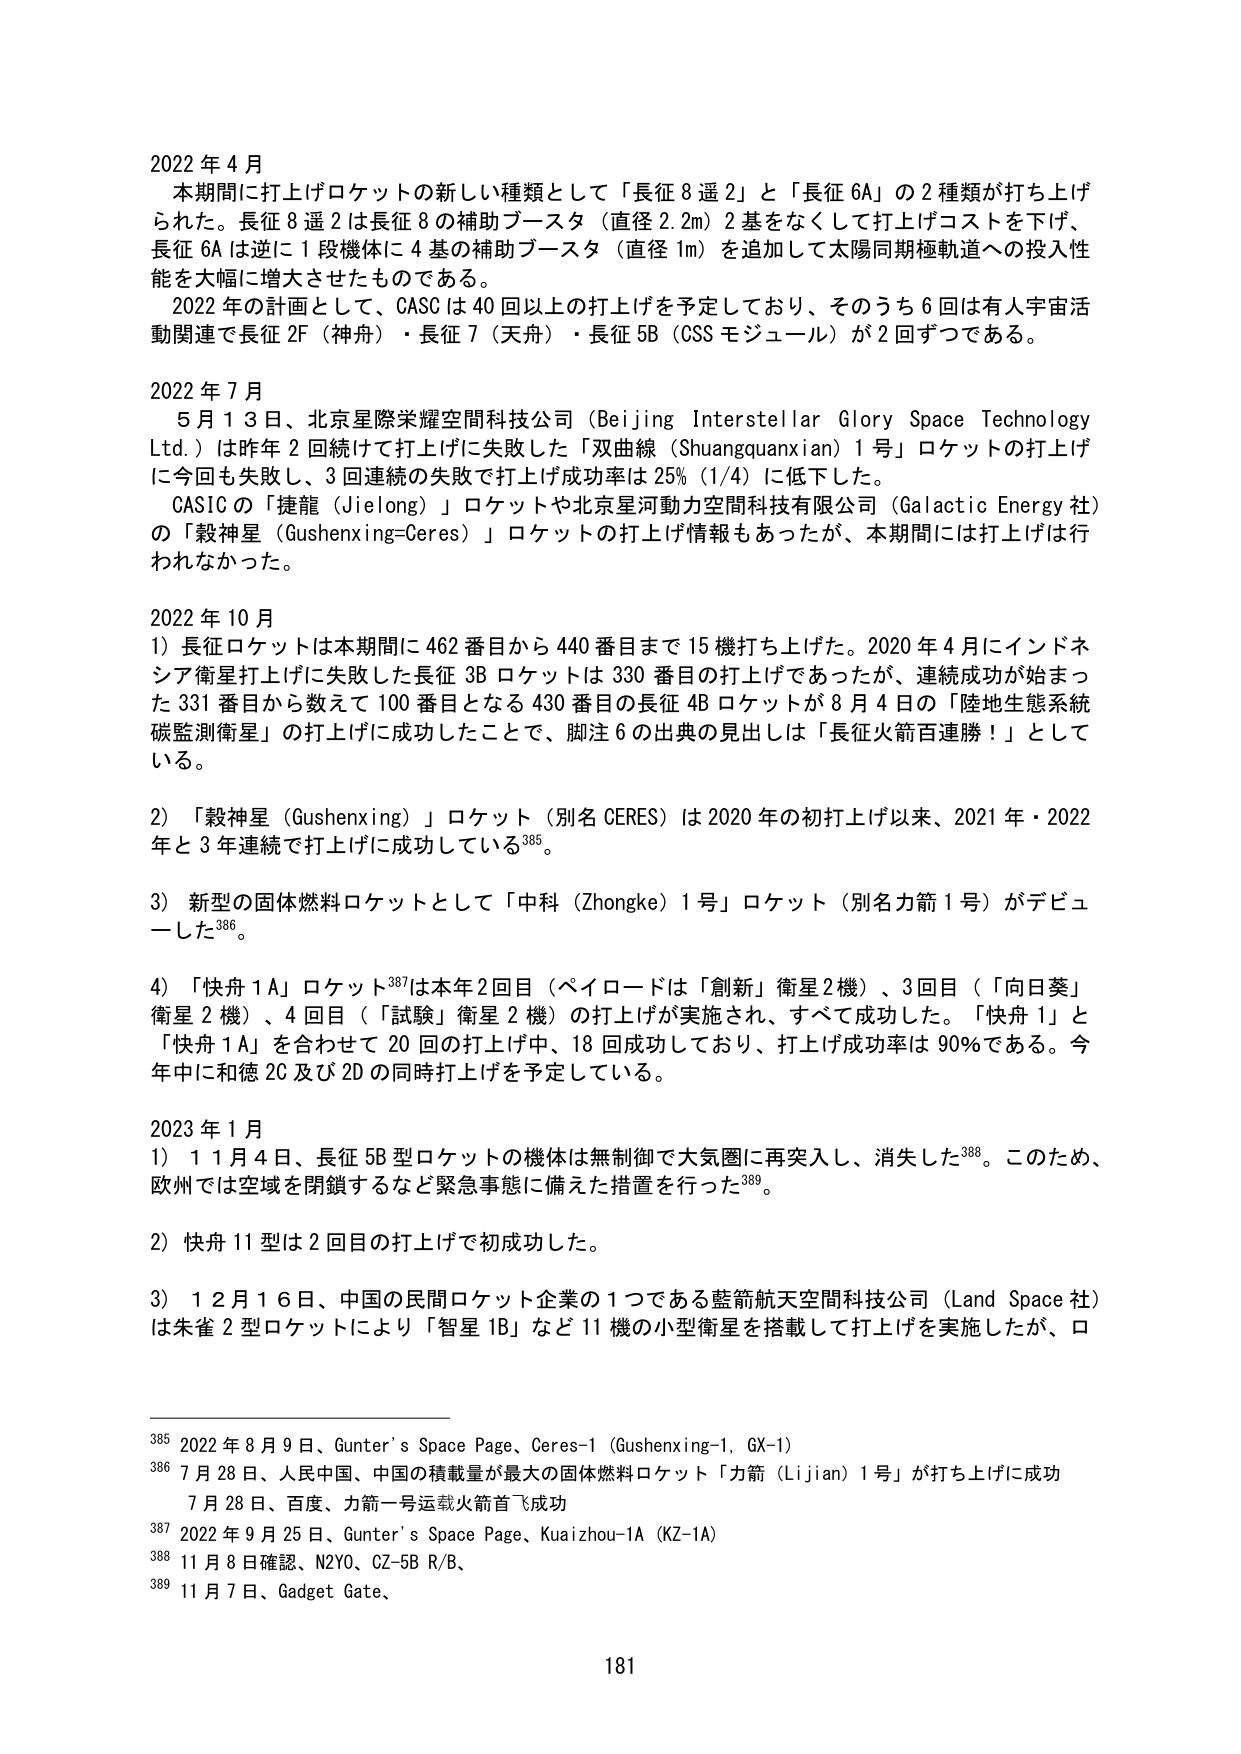
2022 年 4 月
本期間に打上げロケットの新しい種類として「長征 8 遥 2」と「長征 6A」の 2 種類が打ち上げられた。長征 8 遥 2 は長征 8 の補助ブースタ（直径 2.2m）2 基をなくして打上げコストを下げ、長征 6A は逆に 1 段機体に 4 基の補助ブースタ（直径 1m）を追加して太陽同期極軌道への投入性能を大幅に増大させたものである。
2022 年の計画として、CASC は 40 回以上の打上げを予定しており、そのうち 6 回は有人宇宙活動関連で長征 2F（神舟）・長征 7（天舟）・長征 5B（CSS モジュール）が 2 回ずつである。

2022 年 7 月
5 月 13 日、北京星際栄耀空間科技公司（Beijing Interstellar Glory Space Technology Ltd.）は昨年 2 回続けて打上げに失敗した「双曲線（Shuangquanxian）1 号」ロケットの打上げに今回も失敗し、3 回連続の失敗で打上げ成功率は 25%（1/4）に低下した。
CASIC の「捷龍（Jielong）」ロケットや北京星河動力空間科技有限公司（Galactic Energy 社）の「穀神星（Gushenxing=Ceres）」ロケットの打上げ情報もあったが、本期間には打上げは行われなかった。

2022 年 10 月
1）長征ロケットは本期間に 462 番目から 440 番目まで 15 機打ち上げた。2020 年 4 月にインドネシア衛星打上げに失敗した長征 3B ロケットは 330 番目の打上げであったが、連続成功が始まった 331 番目から数えて 100 番目となる 430 番目の長征 4B ロケットが 8 月 4 日の「陸地生態系統碳監測衛星」の打上げに成功したことで、脚注 6 の出典の見出しは「長征火箭百連勝！」としている。
2）「穀神星（Gushenxing）」ロケット（別名 CERES）は 2020 年の初打上げ以来、2021 年・2022 年と 3 年連続で打上げに成功している385。
3）新型の固体燃料ロケットとして「中科（Zhongke）1 号」ロケット（別名力箭 1 号）がデビューした386。
4）「快舟 1A」ロケット387は本年 2 回目（ペイロードは「創新」衛星 2 機）、3 回目（「向日葵」衛星 2 機）、4 回目（「試験」衛星 2 機）の打上げが実施され、すべて成功した。「快舟 1」と「快舟 1A」を合わせて 20 回の打上げ中、18 回成功しており、打上げ成功率は 90%である。今年中に和徳 2C 及び 2D の同時打上げを予定している。

2023 年 1 月
1）11 月 4 日、長征 5B 型ロケットの機体は無制御で大気圏に再突入し、消失した388。このため、欧州では空域を閉鎖するなど緊急事態に備えた措置を行った389。
2）快舟 11 型は 2 回目の打上げで初成功した。
3）12 月 16 日、中国の民間ロケット企業の 1 つである藍箭航天空間科技公司（Land Space 社）は朱雀 2 型ロケットにより「智星 1B」など 11 機の小型衛星を搭載して打上げを実施したが、ロ

385 2022 年 8 月 9 日、Gunter’s Space Page、Ceres-1（Gushenxing-1、GX-1）
386 7 月 28 日、人民中国、中国の積載量が最大の固体燃料ロケット「力箭（Lijian）1 号」が打ち上げに成功
7 月 28 日、百度、力箭一号运载火箭首飞成功
387 2022 年 9 月 25 日、Gunter’s Space Page、Kuaizhou-1A（KZ-1A）
388 11 月 8 日確認、N2YO、CZ-5B R/B、
389 11 月 7 日、Gadget Gate、

181